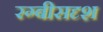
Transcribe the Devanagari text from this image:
रग्बीसदृश